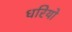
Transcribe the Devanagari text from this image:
धरियो